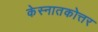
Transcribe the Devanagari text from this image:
केस्नातकोत्तर